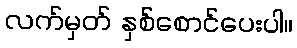
လက်မှတ် နှစ်စောင်ပေးပါ။